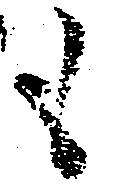
も